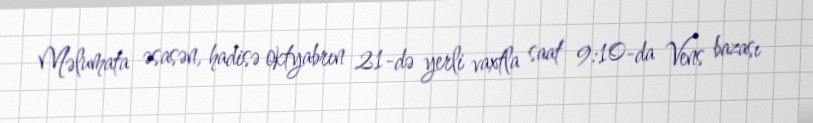
Məlumata əsasən, hadisə oktyabrın 21-də yerli vaxtla saat 9:10-da Vens bazası